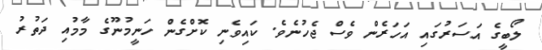
ލޯބީގެ އަސަރުގައި އަހަރެން ވެސް ޖެހުނެވެ. ކައިވެނި ކޮށްގެން ހަނީމުނޫގެ މާމުއި ދަތުރު